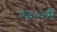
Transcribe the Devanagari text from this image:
१३०१में